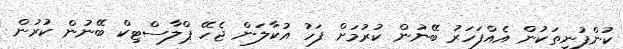
ކުންފުނިތަކުން އެއްފަހަރު ބޭނުން ކުރުމަށް ފަހު އުކާލަން ޖެހޭ ޕްލާސްޓިކް ބޭނުން ކުރުން